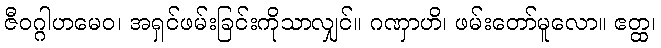
ဇီဝဂ္ဂါဟမေဝ၊ အရှင်ဖမ်းခြင်းကိုသာလျှင်။ ဂဏှာဟိ၊ ဖမ်းတော်မူလော။ ဧတ္ထ၊